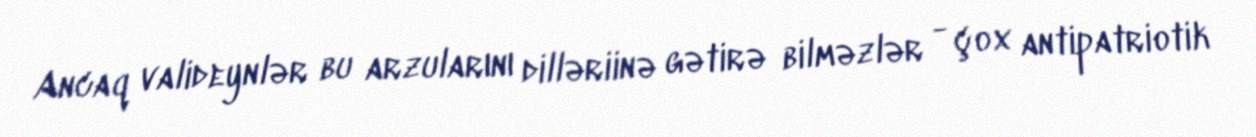
Ancaq valideynlər bu arzularını dilləriinə gətirə bilməzlər - çox antipatriotik